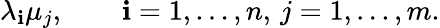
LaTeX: \lambda_{\mathbf{i}}\mu_{j},\qquad\mathbf{i}=1,\ldots,n,\, j=1,\ldots,m.